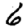
Digit: 6